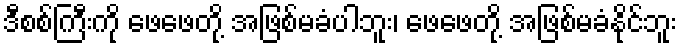
ဒီစစ်ကြီးကို ဖေဖေတို့ အဖြစ်မခံပါဘူး၊ ဖေဖေတို့ အဖြစ်မခံနိုင်ဘူး